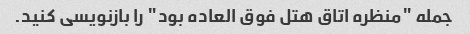
جمله "منظره اتاق هتل فوق العاده بود" را بازنویسی کنید.